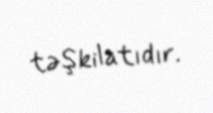
təşkilatıdır.